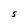
Character: S